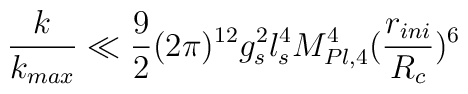
\frac{k}{k_{max}}\ll \frac{9}{2} (2\pi)^{12} g_s^2 l_s^4M_{Pl,4}^4(\frac{r_{ini}}{R_c})^6